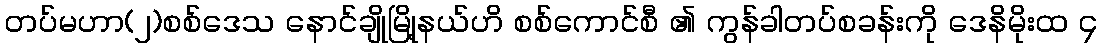
တပ်မဟာ(၂)စစ်ဒေသ နောင်ချိုမြို့နယ်ဟိ စစ်ကောင်စီ ၏ ကွန်ခါတပ်စခန်းကို ဒေနိမိုးထ ၄